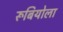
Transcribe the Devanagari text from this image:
रूबियोला